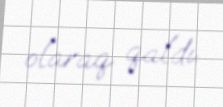
olaraq qaldı.